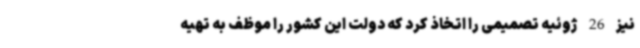
نیز 26 ژوئیه تصمیمی را اتخاذ کرد که دولت این کشور را موظف به تهیه